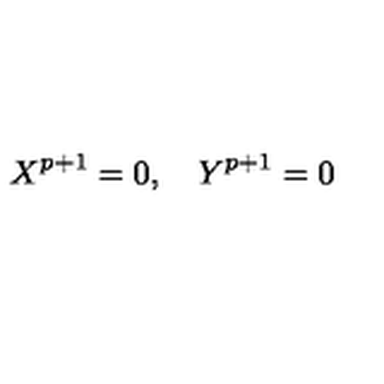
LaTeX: X ^ { p + 1 } = 0 , \quad Y ^ { p + 1 } = 0